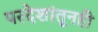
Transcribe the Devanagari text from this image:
परदेशांतूनही